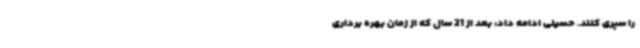
را سپری کنند. حسینی ادامه داد: بعد از 21 سال که از زمان بهره برداری